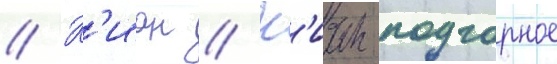
// К'иан // К'иан-подгорное